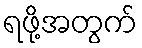
ရဖို့အတွက်